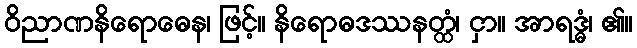
ဝိညာဏနိရောဓေန၊ ဖြင့်။ နိရောဓဒဿနတ္ထံ၊ ငှာ။ အာရဒ္ဓံ၊ ၏။